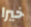
خيرا